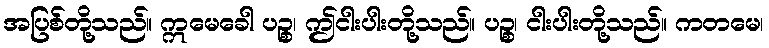
အပြစ်တို့သည်။ ဣမေခေါ ပဉ္စ၊ ဤငါးပါးတို့သည်။ ပဉ္စ၊ ငါးပါးတို့သည်။ ကတမေ၊